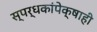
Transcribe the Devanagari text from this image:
स्पर्धकांपेक्षाही